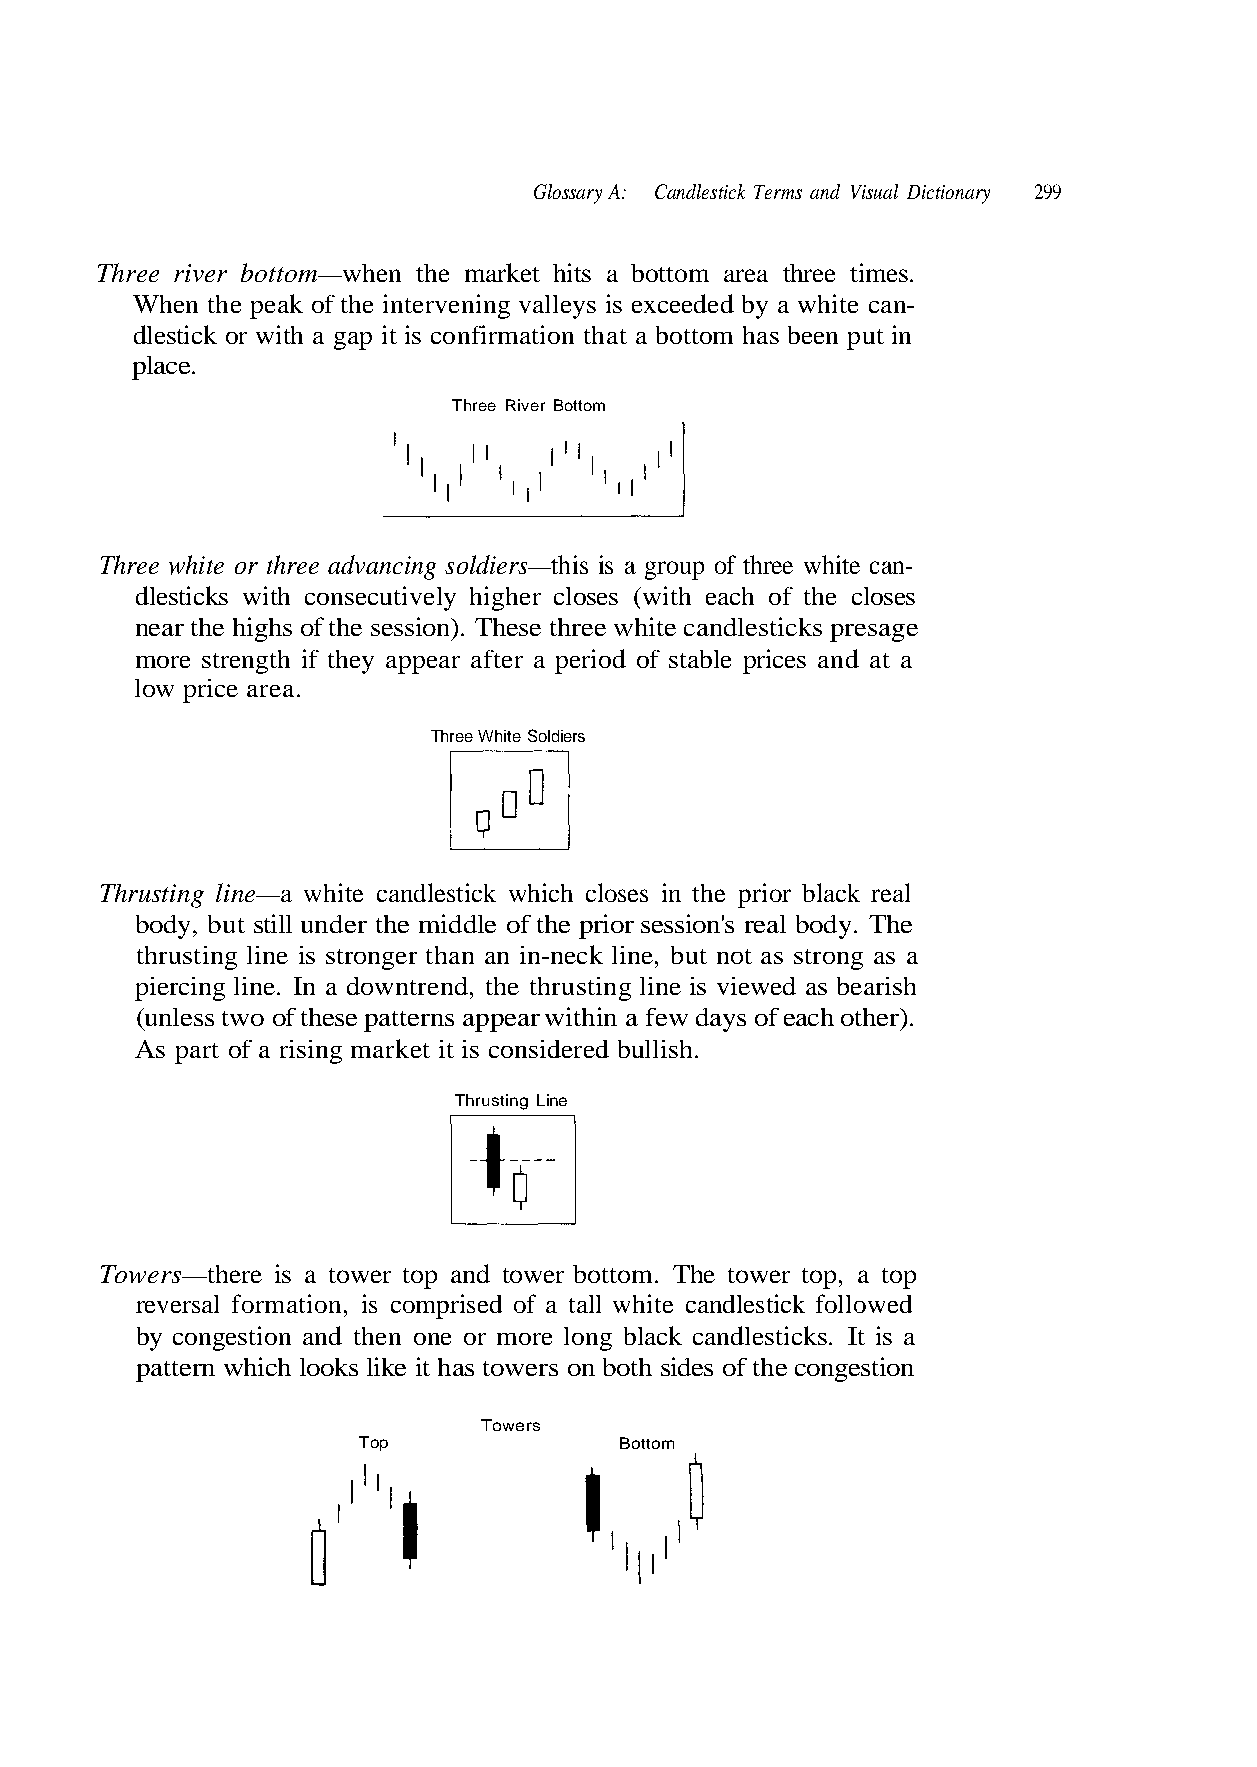
Glossary A: Candlestick Terms and Visual Dictionary 299
 Three river bottom—when the market hits a bottom area three times.
 When the peak of the intervening valleys is exceeded by a white can-
 dlestick or with a gap it is confirmation that a bottom has been put in
 place.
 Three River Bottom
 dlesticks with consecutively higher closes (with each of the closes
 near the highs of the session). These three white candlesticks presage
 low price area.
 body, but still under the middle of the prior session's real body. The
 thrusting line is stronger than an in-neck line, but not as strong as a
 (unless two of these patterns appear within a few days of each other).
 As part of a rising market it is considered bullish.
 Thrusting Line
 Towers—there is a tower top and tower bottom. The tower top, a top
 pattern which looks like it has towers on both sides of the congestion
 Towers
 Top              Bottom
 a s
 -
 i
 n a
 t
 c
 I
 e
 .
 t
 s
 hi
 k
 w
 c i
 e
 st
 e
 e
 r h
 l
 t
 d
 f
 n
 o
 a
 p
 c
 u o
 k
 r
 c
 g
 a l
 a
 b
 s i
 g
 s
 n
 g soldiers—thi
 able prices and at a
 andlestick followed
 or more lo
 ncin
 d of st
 white c
 one
 Three white or three adva
 more strength if they appear after a perio
 Thrusting line—a white candlestick which closes in the prior black real
 piercing line. In a downtrend, the thrusting line is viewed as bearish
 reversal formation, is comprised of a tall
 by congestion and then
 White Soldiers Three